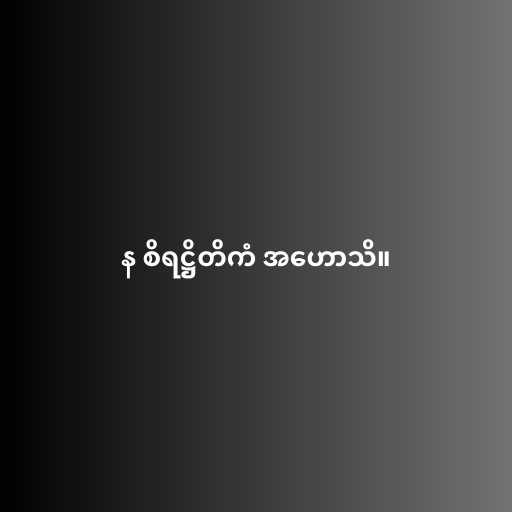
န စိရဋ္ဌိတိကံ အဟောသိ။